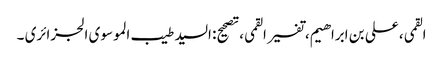
القمی، علی بن ابراهیم، تفسیر القمی، تصحیح: السید طیب الموسوی الجزائری ۔